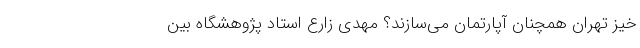
خیز تهران همچنان آپارتمان می‌سازند؟ مهدی زارع استاد پژوهشگاه بین‌